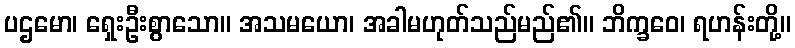
ပဌမော၊ ရှေးဦးစွာသော။ အသမယော၊ အခါမဟုတ်သည်မည်၏။ ဘိက္ခဝေ၊ ရဟန်းတို့။